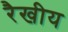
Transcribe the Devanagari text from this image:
रैखीय